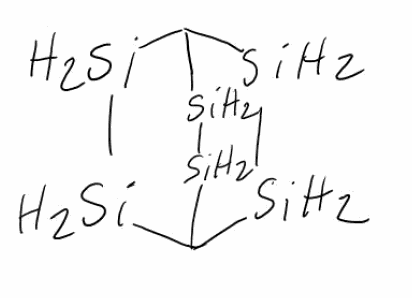
Simplified molecular-input line-entry system (SMILES) notation of the given molecule:
C12[SiH2][SiH2]C([SiH2][SiH2]1)[SiH2][SiH2]2